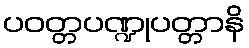
ပဝတ္တပဏ္ဍုပတ္တာနိ